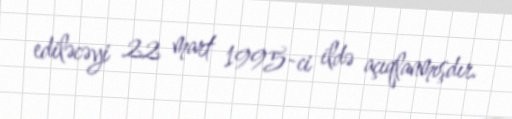
ediləcəyi 22 mart 1995-ci ildə açıqlanmışdır.